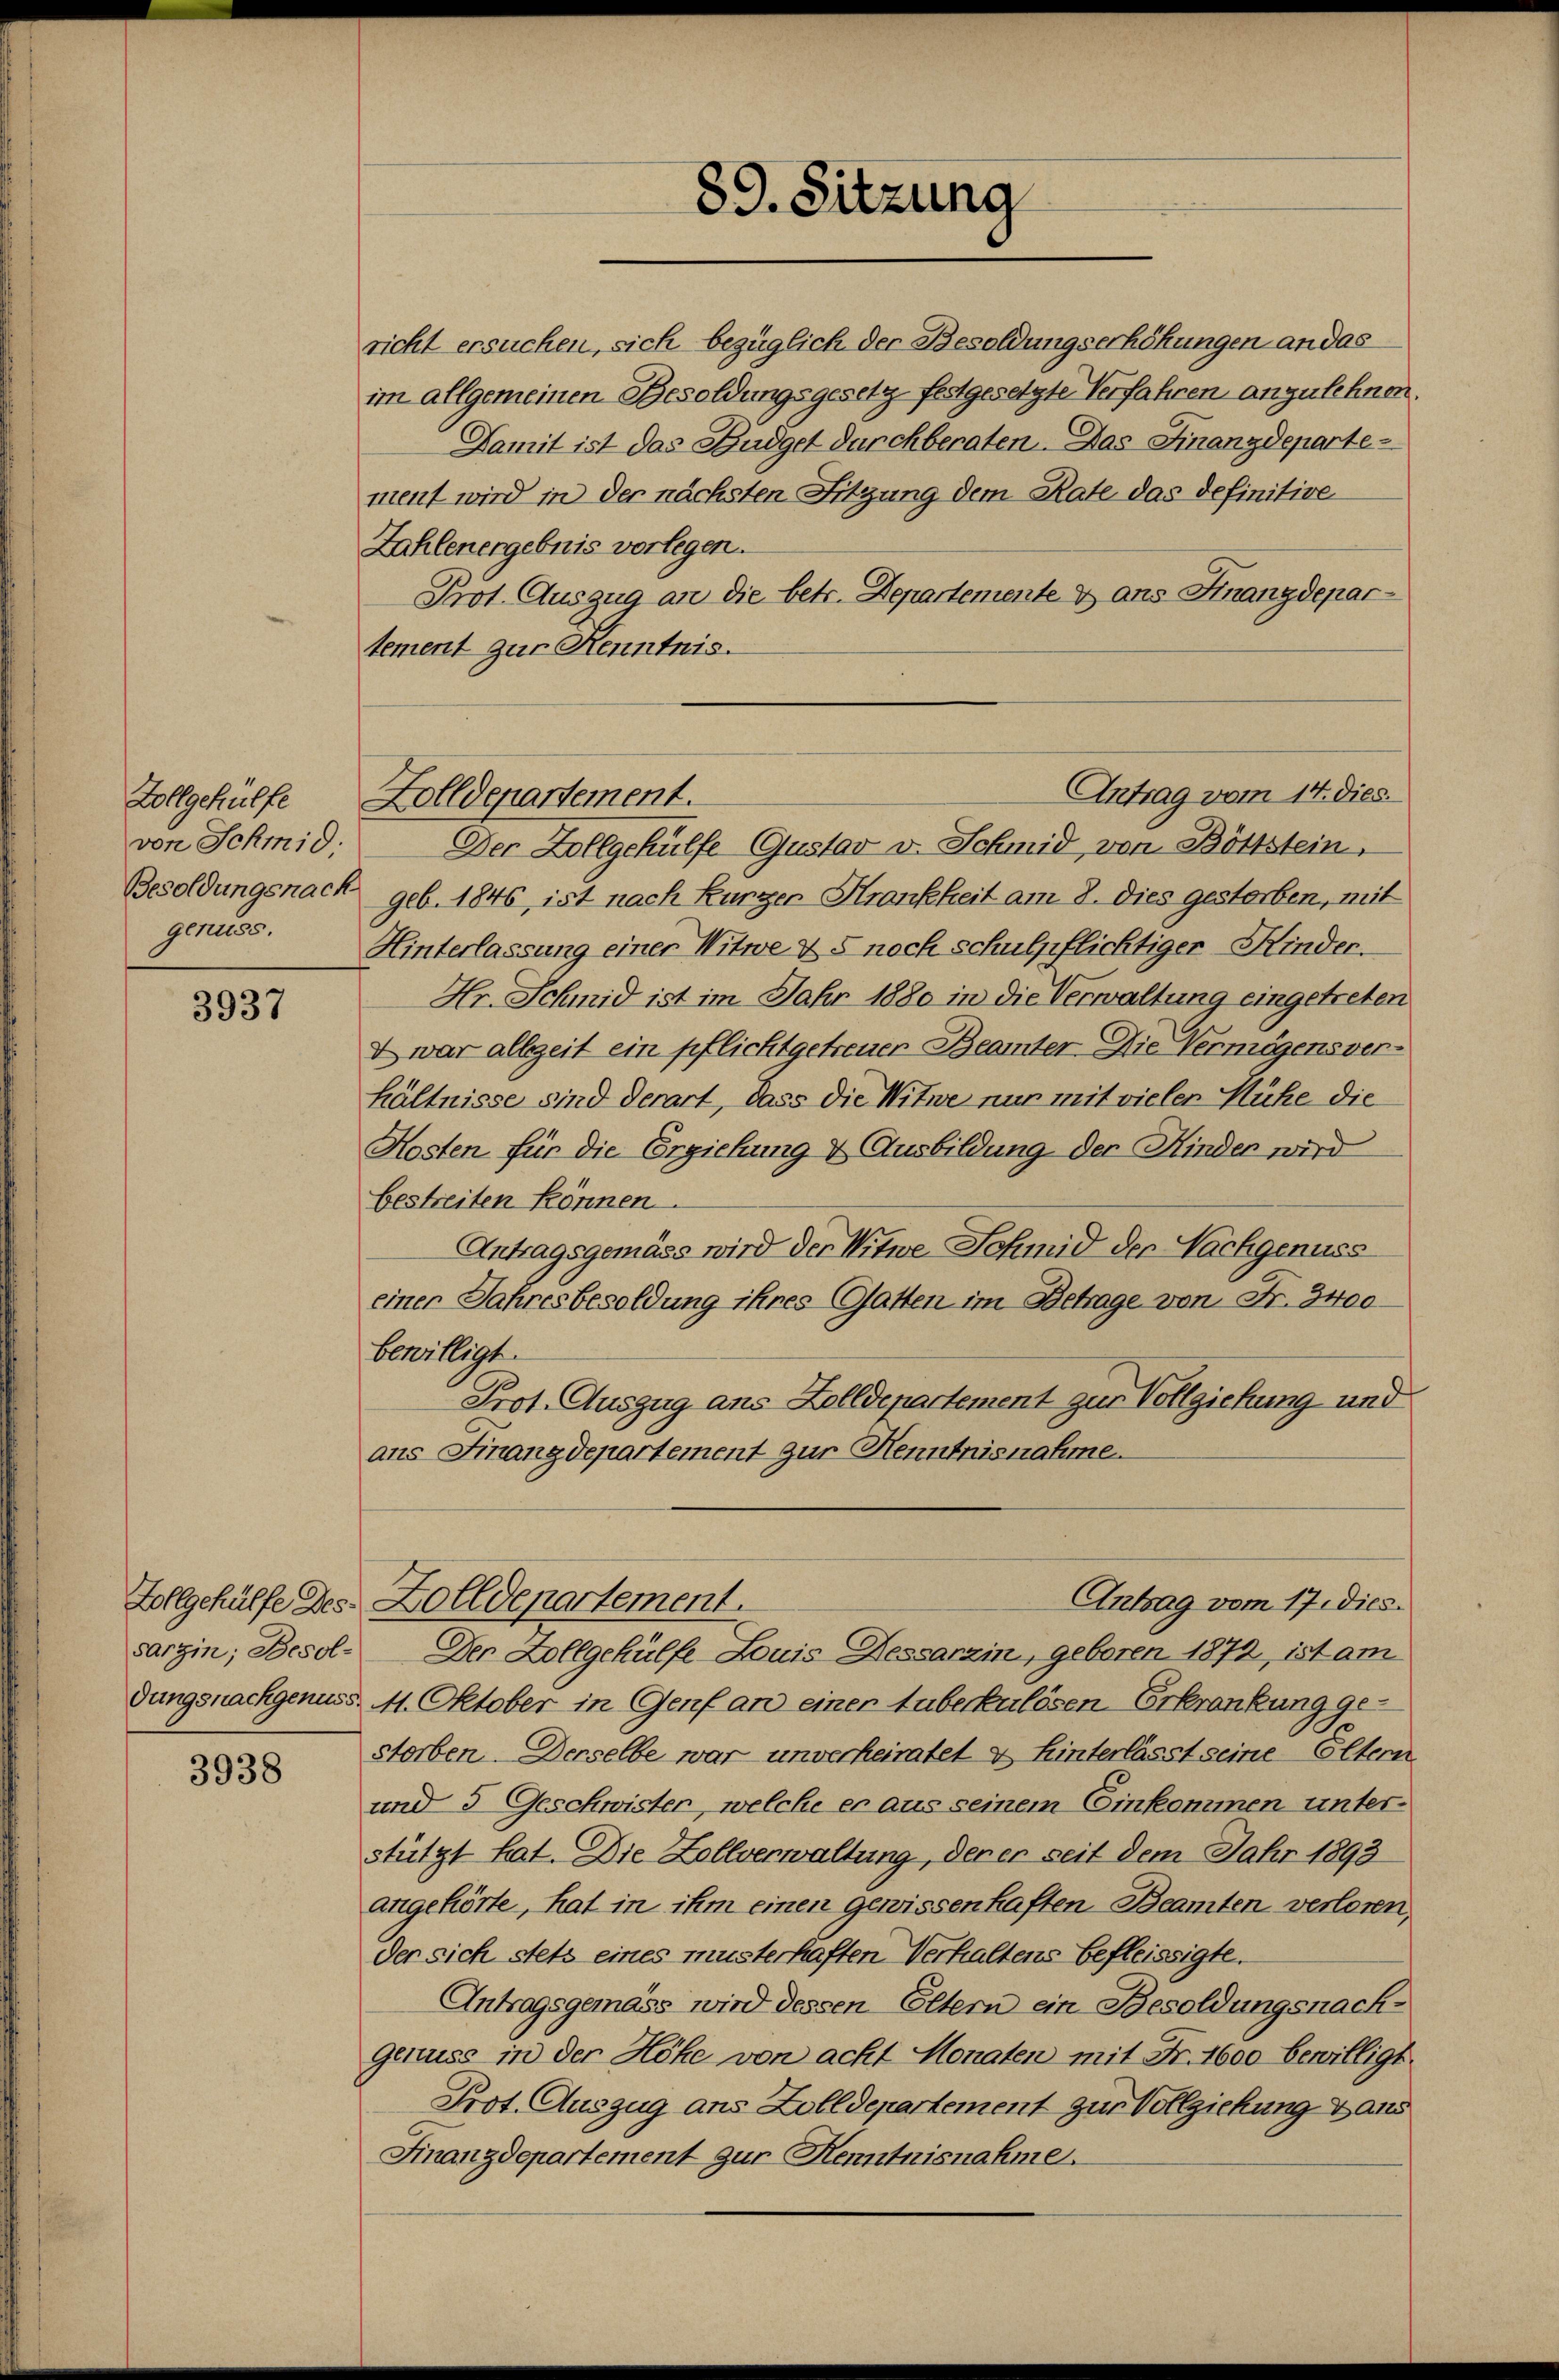
Vollgehülfe
von Schmid.
Besoldungsnach
genuss.

3937

Zollgehülfe Des
Sargin; Besoldungsnachgenuss.

3938

Antrag vom 14. dies
Zolldepartement.

richt ersuchen, sich bezüglich der Besoldungserhöhungen an das
im allgemeinen Besoldungsgesetz festgesetzte Verfahren anzulehnen.
Damit ist das Budget durchberaten. Das Finanzdepartement wird in der nächsten Sitzung dem Rate das definitive
Zahlenergebnis vorlegen.
Prot. Auszug an die betr. Departemente & ans Finanzdepartement zur Kenntnis.

89. Sitzung

Der Zollgehülfe Gustav v. Schmid, von Böttstein.
geb. 1846, ist nach Kurzer Krankheit am 8. dies gestorben, mit
Hinterlassung einer Witwe & 5 noch schulpflichtiger Kinder.
Hr. Schmid ist im Jahr 1880 in die Verwaltung eingetreten
& war allzeit ein pflicht getreuer Beamter Die Vermögensverhältnisse sind derart, dass die Witwe nur mit vieler Mühe die
Kosten für die Erziehung & Ausbildung der Kinden wird
bestreiten können.
Antragsgemäss wird der Witwe Schmid der Nachgenuss
einer Jahresbesoldung ihres Gatten im Betrage von Fr. 3400
bewilligt.
Prot. Auszug aus Zolldepartement zur Vollziehung und
ans Finanzdepartement zur Henntnisnahme.
Antrag vom 17. dies
Zolldepartement.
Der Zollgehülfe Louis Dessarzin, geboren 1872 ist am
4. Oktober in Genf an einer Huberkulösen Erkrankung gee
storben - Derselbe war unverheiratet & Hinterlässt seine Eltern
und 5. Geschwister, welche er aus seinem Einkommen unter
stützt hat. Die Zollverwaltung, der er seit dem Jahr 1893
angehörte, hat in ihm einen gewissenhaften Beamten verloren,
der sich stets eines musterhaften Verhaltens befleissigte.
Antragsgemäss wird dessen Eltern ein Besoldungsnachgenuss in der Höhe von acht Monaten mit Fr. 1600 bewilligt
Prot. Auszug ans Zolldepartement zur Vollziehung dans
Finanzdepartement zur Kenntnisnahme.